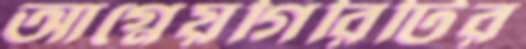
আগ্নেয়গিরিটির